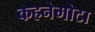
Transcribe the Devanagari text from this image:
कहनेमोटा